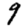
Digit: 9